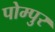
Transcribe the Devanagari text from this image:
पोम्पुर